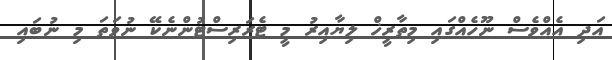
އަދި އެއްވެސް ނޫހެއްގައި މިތާރީޚް ލިޔާއިރު މީ ޓެރަރިސްޓުންނެކޭ ނުވަތަ މި ނުބައި